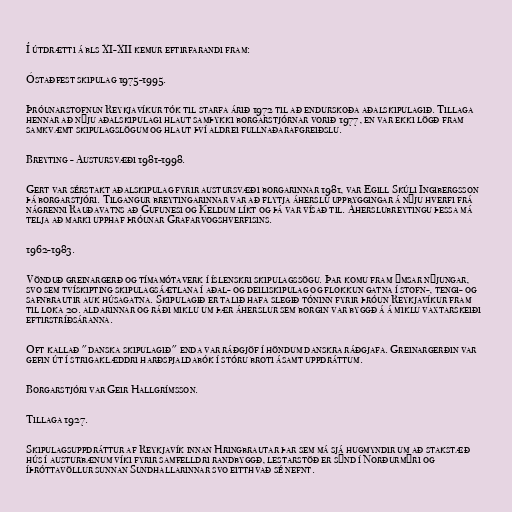
Í útdrætti á bls XI-XII kemur eftirfarandi fram:

Óstaðfest skipulag 1975-1995.

Þróunarstofnun Reykjavíkur tók til starfa árið 1972 til að endurskoða aðalskipulagið. Tillaga
hennar að nýju aðalskipulagi hlaut samþykki borgarstjórnar vorið 1977, en var ekki lögð fram
samkvæmt skipulagslögum og hlaut því aldrei fullnaðarafgreiðslu.

Breyting - Austursvæði 1981-1998.

Gert var sérstakt aðalskipulag fyrir austursvæði borgarinnar 1981, var Egill Skúli Ingibergsson
þá borgarstjóri. Tilgangur breytingarinnar var að flytja áherslu uppbyggingar á nýju hverfi frá
nágrenni Rauðavatns að Gufunesi og Keldum líkt og þá var vísað til. Áherslubreytingu þessa má
telja að marki upphaf þróunar Grafarvogshverfisins.

1962-1983.

Vönduð greinargerð og tímamótaverk í íslenskri skipulagssögu. Þar komu fram ýmsar nýjungar,
svo sem tvískipting skipulagsáætlana í aðal- og deiliskipulag og flokkun gatna í stofn-, tengi- og
safnbrautir auk húsagatna. Skipulagið er talið hafa slegið tóninn fyrir þróun Reykjavíkur fram
til loka 20. aldarinnar og ráði miklu um þær áherslur sem borgin var byggð á á miklu vaxtarskeiði
eftirstríðsáranna.

Oft kallað "danska skipulagið" enda var ráðgjöf í höndum danskra ráðgjafa. Greinargerðin var
gefin út í strigaklæddri harðspjaldabók í stóru broti ásamt uppdráttum.

Borgarstjóri var Geir Hallgrímsson.

Tillaga 1927.

Skipulagsuppdráttur af Reykjavík innan Hringbrautar þar sem má sjá hugmyndir um að stakstæð
hús í austurbænum víki fyrir samfelldri randbyggð, lestarstöð er sýnd í Norðurmýri og
íþróttavöllur sunnan Sundhallarinnar svo eitthvað sé nefnt.